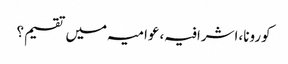
کورونا،اشرافیہ،عوامیہ میں تقسیم؟